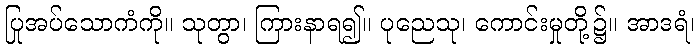
ပြုအပ်သောကံကို။ သုတွာ၊ ကြားနာရ၍။ ပုညေသု၊ ကောင်းမှုတို့၌။ အာဒရံ၊